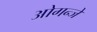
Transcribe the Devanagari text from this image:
ओगन्जें